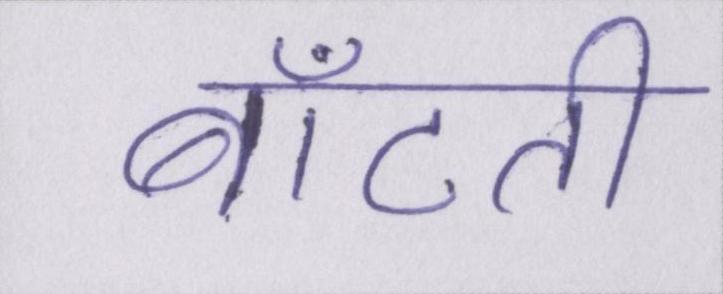
बाँटती